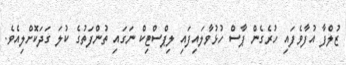
ޒުލްފާ އުފާވެފައި ހުރެގެން ޕާސް ހުޅުވާލައިފައި ލިޕްސްޓިކް ނަގައި ތުންފަތުގެ ކުލަ ގަދަކޮށްލިއެވެ.